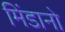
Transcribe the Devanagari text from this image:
मिंडानो